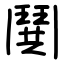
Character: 鬨